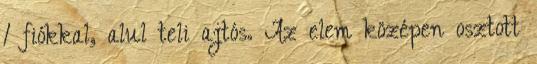
1 fiókkal, alul teli ajtós. Az elem középen osztott